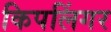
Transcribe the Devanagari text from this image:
किपलिंगर